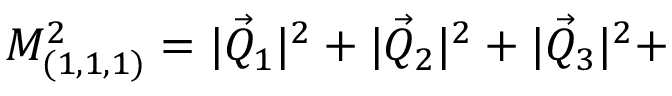
M _ { ( 1 , 1 , 1 ) } ^ { 2 } = | \vec { Q } _ { 1 } | ^ { 2 } + | \vec { Q } _ { 2 } | ^ { 2 } + | \vec { Q } _ { 3 } | ^ { 2 } +